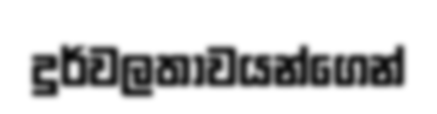
දුර්වලතාවයන්ගෙන්